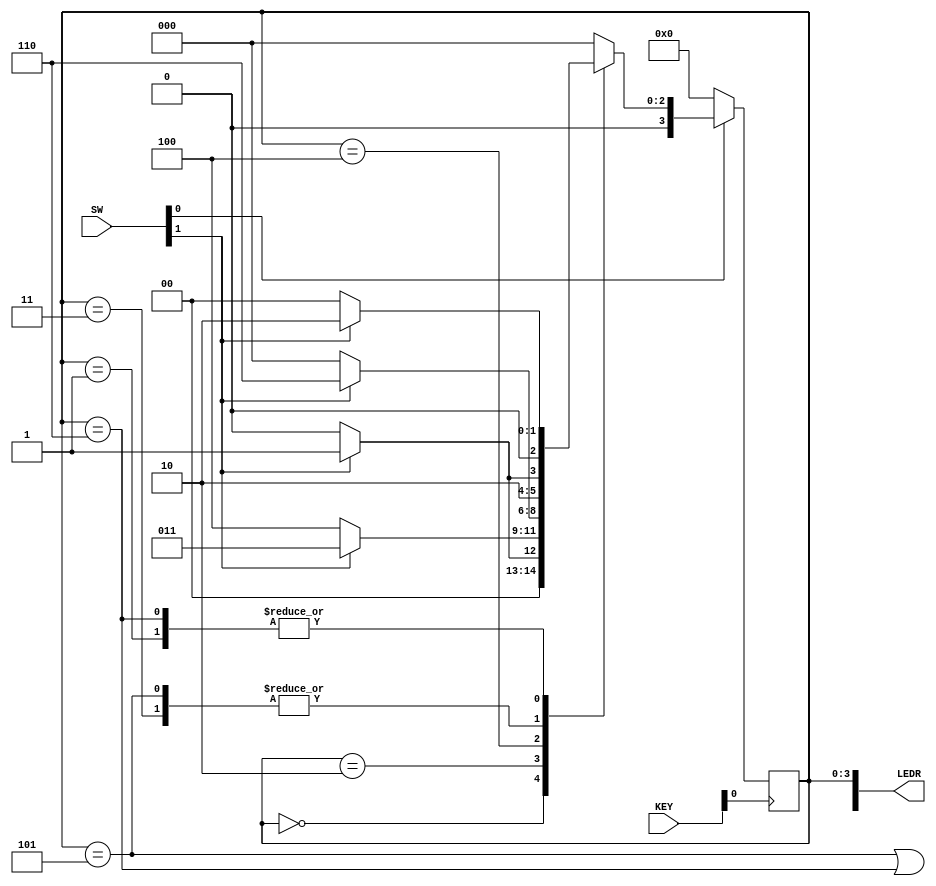


//SW[0] reset when 0
//SW[1] input signal
//KEY[0] clock signal
//LEDR[3:0] displays current state
//LEDR[9] displays output
module Lab6Part1(SW, KEY, LEDR);
	input [9:0] SW;
	input [3:0] KEY;
	output [9:0] LEDR;
	wire w, clock, reset_b;
	reg [3:0] y_Q, Y_D; // y_Q represents current state, Y_D represents next state
	wire out_light;
	parameter A = 4'b0000, B = 4'b0001, C = 4'b0010, D = 4'b0011, E = 4'b0100, F = 4'b0101, G = 4'b0110;
	assign w = SW[1];
	assign clock = ~KEY[0];
	assign reset_b = SW[0];
	
	
	
// State table
// The state table should only contain the logic for state transitions
// Do not mix in any output logic. The output logic should be handled separately.
// This will make it easier to read, modify and debug the code.


always @(*)
	begin: state_table
		case (y_Q)
		A: begin
		if (!w) Y_D = A;
		else Y_D = B;
		end
		B: begin
		if(!w) Y_D = A;
		else Y_D = C;
		end
		C: begin
		if(!w) Y_D = E;
		else Y_D = D;
		end
		D: begin
		if(!w) Y_D = E;
		else Y_D = F;
		end
		E: begin
		if(!w) Y_D = A;
		else Y_D = G;
		end
		F: begin
		if(!w) Y_D = E;
		else Y_D = F;
		end
		G: begin
		if(!w) Y_D = A;
		else Y_D = C;
		end
		default: Y_D = A;
		endcase
	end // state_table
	
	
	// State Registers
	always @(posedge clock)
	begin: state_FFs
	if(reset_b == 1'b0)
	y_Q <= 4'b0000;
	else
	y_Q <= Y_D;
end 


// state_FFS
// Output logic
// Set out_light to 1 to turn on LED when in relevant states
assign out_light = ((y_Q == F) | (y_Q == G));
// Connect to I/O
assign LEDR[9] = out_light;
assign LEDR[3:0] = y_Q;
endmodule